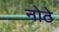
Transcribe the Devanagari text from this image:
नोठे